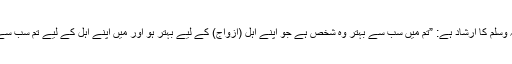
آپ صلی اللہ علیہ وسلم کا ارشاد ہے: ”تم میں سب سے بہتر وہ شخص ہے جو اپنے اہل (ازواج) کے لیے بہتر ہو اور میں اپنے اہل کے لیے تم سب سے زیادہ بہتر ہوں۔